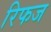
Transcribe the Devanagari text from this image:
रिफज